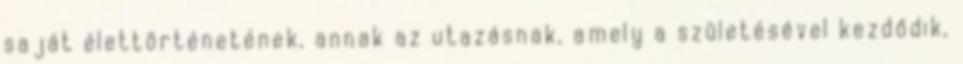
saját élettörténetének, annak az utazásnak, amely a születésével kezdődik,